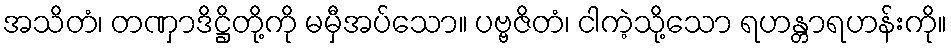
အသိတံ၊ တဏှာဒိဋ္ဌိတို့ကို မမှီအပ်သော။ ပဗ္ဗဇိတံ၊ ငါကဲ့သို့သော ရဟန္တာရဟန်းကို။